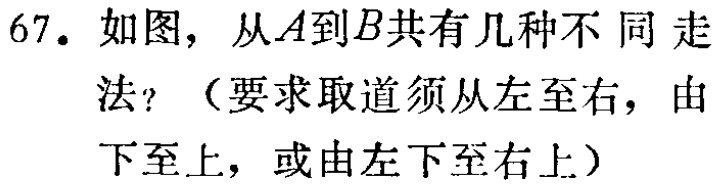
67. 如图，从\(A\)到\(B\)共有几种不同走法？（要求取道须从左至右，由下至上，或由左下至右上）